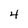
Character: 4